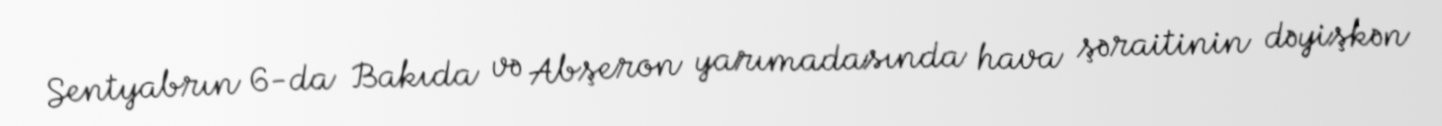
Sentyabrın 6-da Bakıda və Abşeron yarımadasında hava şəraitinin dəyişkən